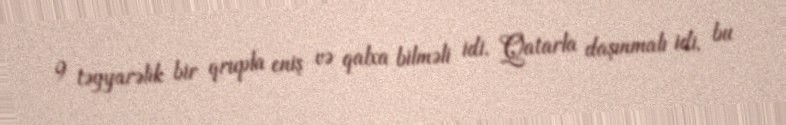
9 təyyarəlik bir qrupla eniş və qalxa bilməli idi. Qatarla daşınmalı idi, bu